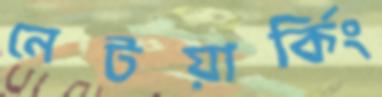
নেটয়ার্কিং